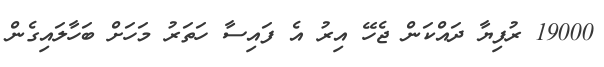
19000 ރުފިޔާ ދައްކަން ޖެހޭ އިރު އެ ފައިސާ ހަތަރު މަހަށް ބަހާލައިގެން